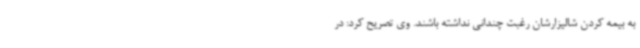
به بیمه کردن شالیزارشان رغبت چندانی نداشته باشند. وی تصریح کرد: در